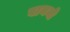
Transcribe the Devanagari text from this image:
वायनो